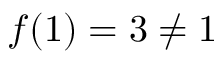
f ( 1 ) = 3 \neq 1